Scottish Leaving Certificate Examination, 1960
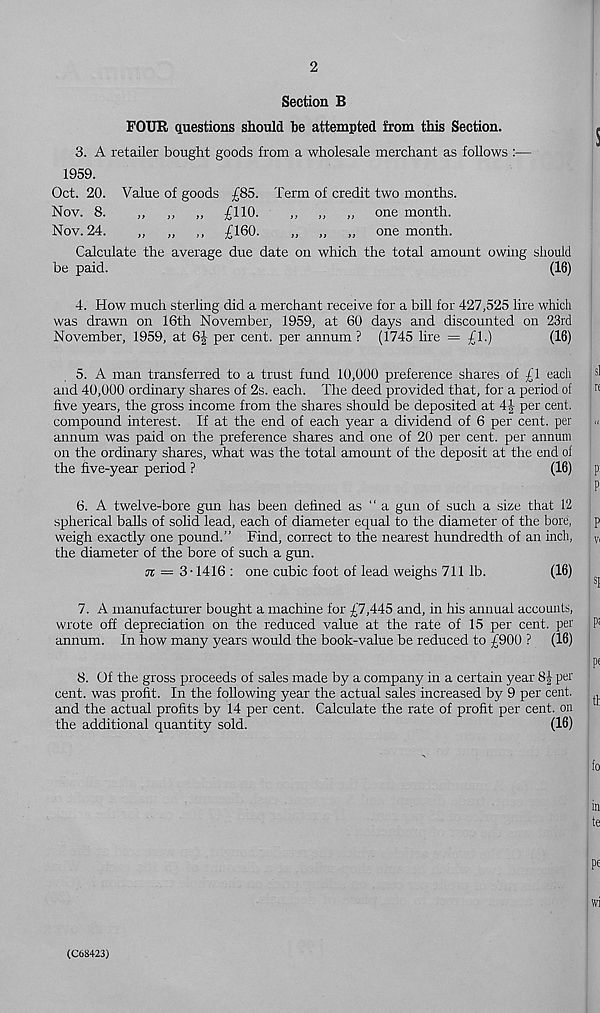
2
Section B
FOUR questions should he attempted from this Section.
3. A retailer bought goods from a wholesale merchant as follows :—
1959.
Oct. 20. Value of goods £85. Term of credit two months.
Nov. 8.
„ „ „ £110.
„ „ „ one month.
Nov. 24.
„ ,, ,, £160.
„ „ ,, one month.
Calculate the average due date on which the total amount owing should
be paid.
(16)
4. How much sterling did a merchant receive for a bill for 427,525 lire which
was drawn on 16th November, 1959, at 60 days and discounted on 23rd
November, 1959, at 6|- per cent, per annum ? (1745 lire = £1.)
(16)
5. A man transferred to a trust fund 10,000 preference shares of £1 each
and 40,000 ordinary shares of 2s. each. The deed provided that, for a period of
live years, the gross income from the shares should be deposited at 4J per cent,
compound interest. If at the end of each year a dividend of 6 per cent, per
annum was paid on the preference shares and one of 20 per cent, per annum
on the ordinary shares, what was the total amount of the deposit at the end of
the five-year period ?
(16)
6. A twelve-bore gun has been defined as “ a gun of such a size that 12
spherical balls of solid lead, each of diameter equal to the diameter of the bore,
weigh exactly one pound.” Find, correct to the nearest hundredth of an inch,
the diameter of the bore of such a gun.
n = 3-1416 : one cubic foot of lead weighs 711 lb.
(16)
7. A manufacturer bought a machine for £7,445 and, in his annual accounts,
wrote off depreciation on the reduced value at the rate of 15 per cent, per
annum. In how many years would the book-value be reduced to £900 ? (16)
8. Of the gross proceeds of sales made by a company in a certain year 8£ per
cent, was profit. In the following year the actual sales increased by 9 per cent,
and the actual profits by 14 per cent. Calculate the rate of profit per cent, on
the additional quantity sold.
(16)
(C6S423)